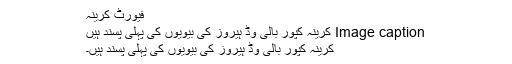
فیورٹ کرینہ
Image caption کرینہ کپور بالی وڈ ہیروز کی بیویوں کی پہلی پسند ہیں
کرینہ کپور بالی وڈ ہیروز کی بیویوں کی پہلی پسند ہیں۔